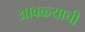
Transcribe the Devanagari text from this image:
आवळ्याची